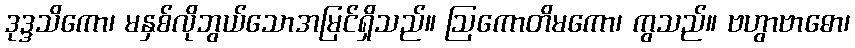
ဒုဒ္ဒသိကော၊ မနှစ်လိုဘွယ်သောအမြင်ရှိသည်။ ဩကောတိမကော၊ ကွသည်။ ဗဟွာဗာဓော၊